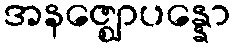
အနဇ္ဈောပန္နော